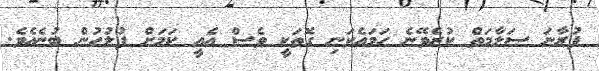
ފުރާނަ ސަލާމަތް ކުރެވޭނެ ހަމައެކަނި ގޮތަކީ ވެސް އެއީ ކަމަށް ފުލުހުން ބުނެއެވެ.